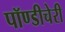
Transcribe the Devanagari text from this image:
पॉण्डीचेरी